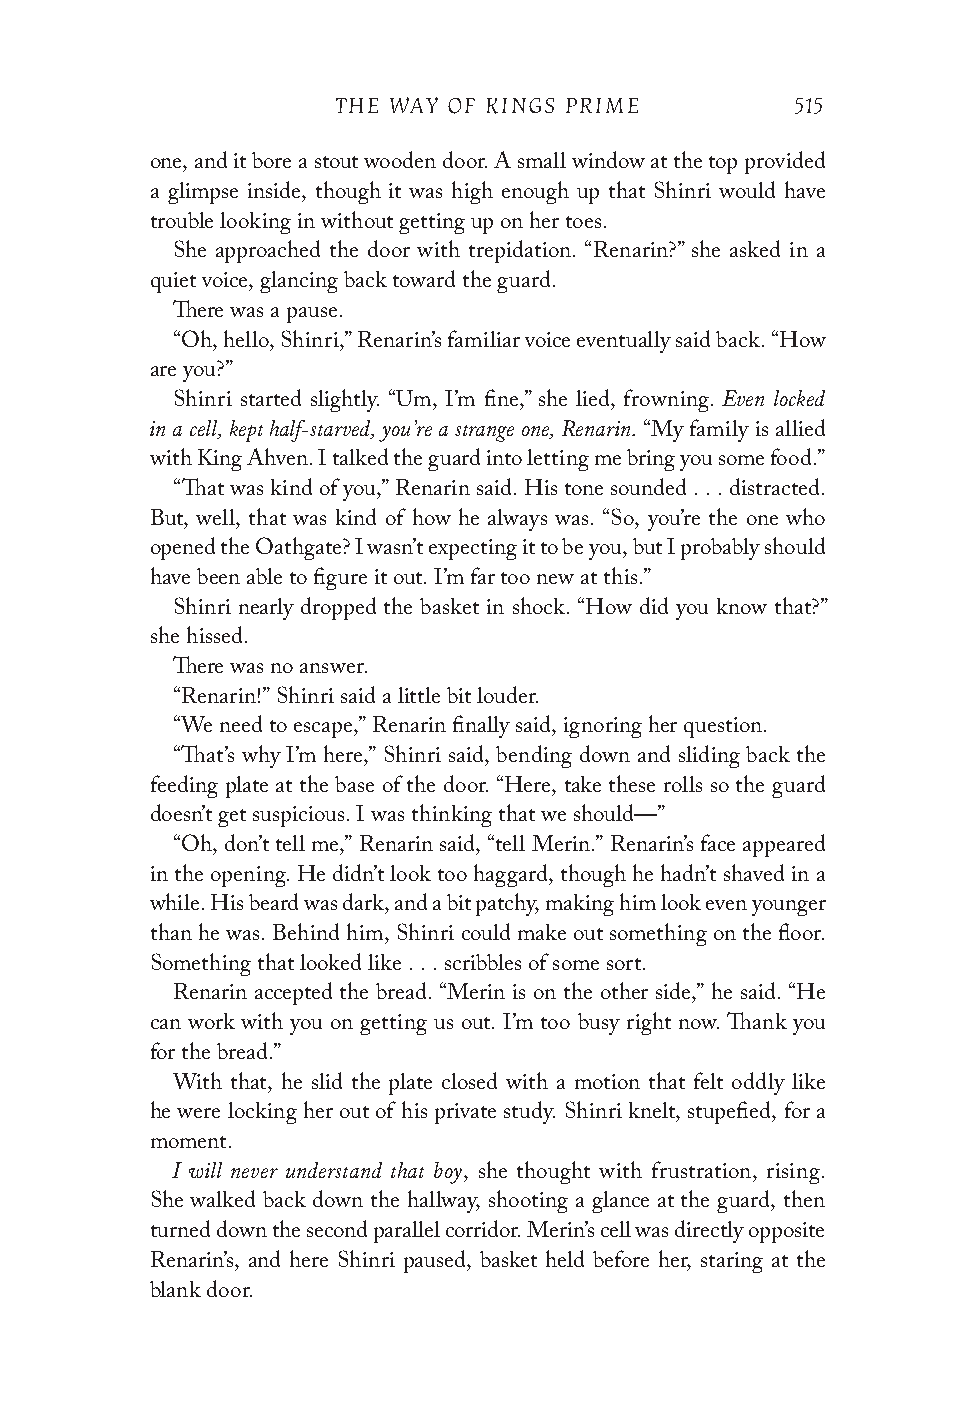
THE WAY OF KINGS PRIME         515
 one, and it bore a stout wooden door. A small window at the top provided
 a glimpse inside, though it was high enough up that Shinri would have
 trouble looking in without getting up on her toes.
 She approached the door with trepidation. “Renarin?” she asked in a
 quiet voice, glancing back toward the guard.
 There was a pause.
 “Oh, hello, Shinri,” Renarin’s familiar voice eventually said back. “How
 are you?”
 Even locked
 Shinri started slightly. “Um, I’m fine,” she lied, frowning.
 in a cell, kept half-starved, you’re a strange one, Renarin.
 “My family is allied
 with King Ahven. I talked the guard into letting me bring you some food.”
 “That was kind of you,” Renarin said. His tone sounded . . . distracted.
 But, well, that was kind of how he always was. “So, you’re the one who
 opened the Oathgate? I wasn’t expecting it to be you, but I probably should
 have been able to figure it out. I’m far too new at this.”
 Shinri nearly dropped the basket in shock. “How did you know that?”
 she hissed.
 There was no answer.
 “Renarin!” Shinri said a little bit louder.
 “We need to escape,” Renarin finally said, ignoring her question.
 “That’s why I’m here,” Shinri said, bending down and sliding back the
 feeding plate at the base of the door. “Here, take these rolls so the guard
 doesn’t get suspicious. I was thinking that we should—”
 “Oh, don’t tell me,” Renarin said, “tell Merin.” Renarin’s face appeared
 in the opening. He didn’t look too haggard, though he hadn’t shaved in a
 while. His beard was dark, and a bit patchy, making him look even younger
 than he was. Behind him, Shinri could make out something on the floor.
 Something that looked like . . . scribbles of some sort.
 Renarin accepted the bread. “Merin is on the other side,” he said. “He
 can work with you on getting us out. I’m too busy right now. Thank you
 for the bread.”
 With that, he slid the plate closed with a motion that felt oddly like
 he were locking her out of his private study. Shinri knelt, stupefied, for a
 moment.
 I will never understand that boy
 , she thought with frustration, rising.
 She walked back down the hallway, shooting a glance at the guard, then
 turned down the second parallel corridor. Merin’s cell was directly opposite
 Renarin’s, and here Shinri paused, basket held before her, staring at the
 blank door.